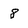
Character: 8